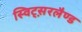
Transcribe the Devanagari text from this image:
स्विट्स़रलैण्ड